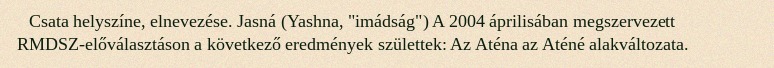
Csata helyszíne, elnevezése. Jasná (Yashna, "imádság") A 2004 áprilisában megszervezett RMDSZ-előválasztáson a következő eredmények születtek: Az Aténa az Aténé alakváltozata.